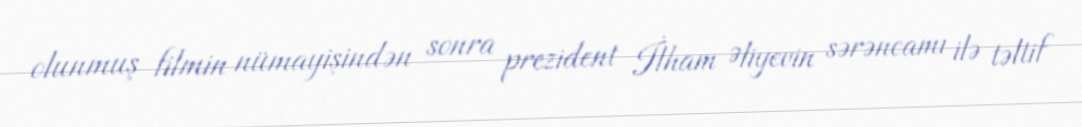
olunmuş filmin nümayişindən sonra prezident İlham Əliyevin sərəncamı ilə təltif